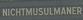
nichtmusulmaner